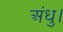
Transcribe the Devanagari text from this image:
अंधु।